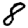
Digit: 8